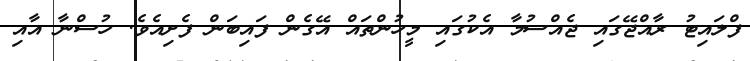
ފްލައިޓު ރާއްޖޭގައި ޖެއްސުމާ އެކުގައި މީހުންތައް އޭގެން ފައިބަން ފެށިއެވެ. ހުސްނާ އާއި